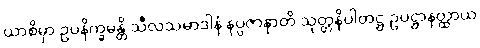
ယာစိမှာ ဥပနိက္ခမန္တိ သီလသမာဒါနံ နပ္ပဇာနာတိ သုတ္တနိပါတဋ္ဌ ဥပဋ္ဌာနတ္ထာယ